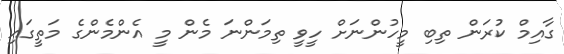
ގާއިމް ކުރަން ތިބި މީހުންނަށް ހީވީ ތިމަންނަ މެން މީ އެންމެންގެ މަތީގައި